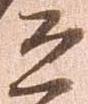
道